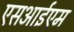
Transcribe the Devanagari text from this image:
एसआईएम